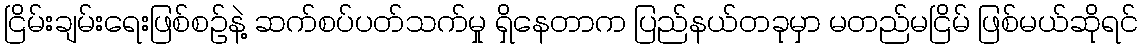
ငြိမ်းချမ်းရေးဖြစ်စဉ်နဲ့ ဆက်စပ်ပတ်သက်မှု ရှိနေတာက ပြည်နယ်တခုမှာ မတည်မငြိမ် ဖြစ်မယ်ဆိုရင်